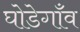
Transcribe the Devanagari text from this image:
घोडेगाँव